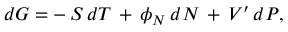
d G = - \, S \, d T \, + \, \phi _ { N } \, d N \, + \, V ^ { \prime } \, d P ,